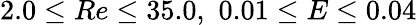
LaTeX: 2.0\le Re\le 35.0,\, \, 0.01\le E\le 0.04